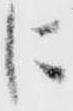
に